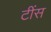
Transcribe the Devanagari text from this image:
टींस